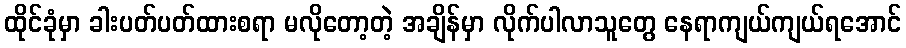
ထိုင်ခုံမှာ ခါးပတ်ပတ်ထားစရာ မလိုတော့တဲ့ အချိန်မှာ လိုက်ပါလာသူတွေ နေရာကျယ်ကျယ်ရအောင်